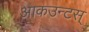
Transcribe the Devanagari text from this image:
आकउन्टस्